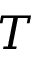
T